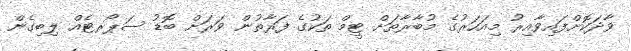
ވާދަކޮށްފައިވާއިރު މިއަހަރުގެ މުބާރާތަށް ޓީމް ތަކުގެ ފަރާތުން ވަރަށް ބޮޑު ސަޕޯރޓެއް ލިބިގެން